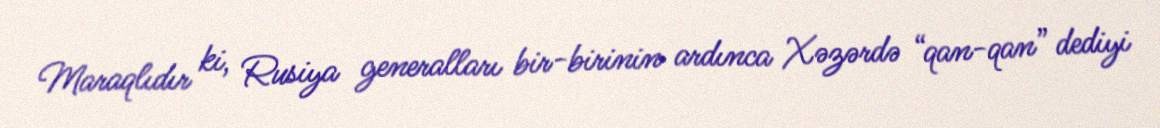
Maraqlıdır ki, Rusiya generalları bir-birinin ardınca Xəzərdə “qan-qan” dediyi